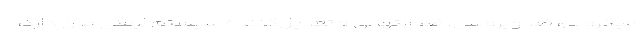
میکروبی، ضدویروسی، ضدالتهابی و تعدیل‌کننده سیستم ایمنی بدن دارد،